Vaccination in Bombay 1869-1873 - 1869-1873
Year: 1869
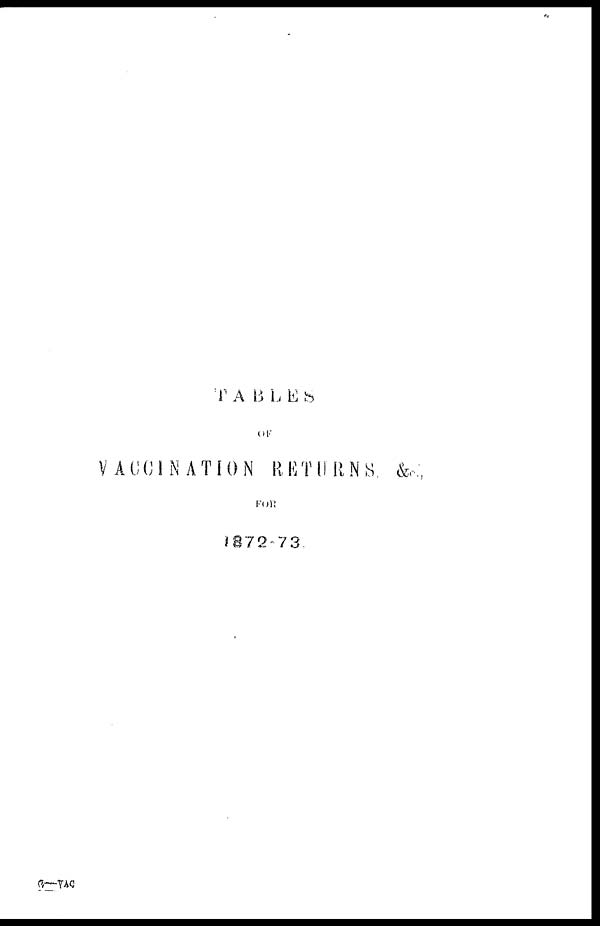
TABLES
OF
VACCINATION RETURNS. &c.,
FOR
1872-73.
9—VAC